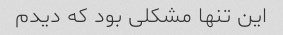
این تنها مشکلی بود که دیدم